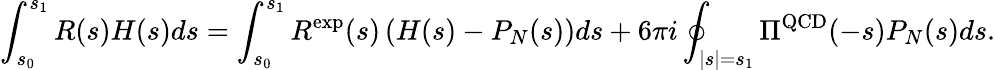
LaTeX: \int_{s_{0}}^{s_{1}}R(s)H(s)ds=\int_{s_{0}}^{s_{1}}R^{\mathrm{exp}}(s)\left(H(s)-P_{N}(s)\right)ds+6\pi i\oint_{|s|=s_{1}}\Pi^{\mathrm{QCD}}(-s)P_{N}(s)ds.